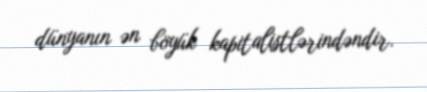
dünyanın ən böyük kapitalistlərindəndir.